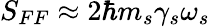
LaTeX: S_{FF}\approx 2\hbar m_{s}\gamma_{s}\omega_{s}